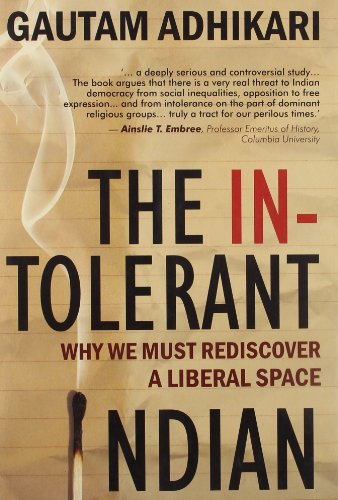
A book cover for The Intolerant Indian: Why We Must Rediscover A Liberal Space; Gautam Adhikari; Politics & Social Sciences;